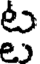
ట